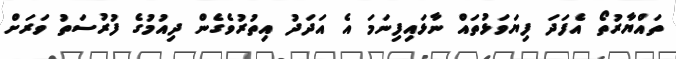
ތައްޔާރުތޯ އެފަދަ ފިޔަވަޅުތައް ނާޅައިފިނަމަ އެ އަދަދު އިތުރުވެގެން ދިއުމުގެ ފުރުސަތު ވަރަށް